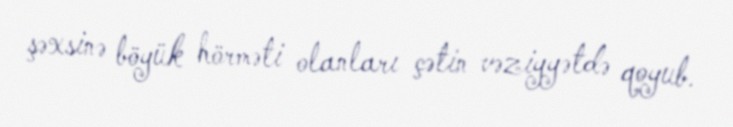
şəxsinə böyük hörməti olanları çətin vəziyyətdə qoyub.